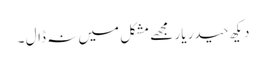
دیکھ حیدر یار مجھے مشکل میں نہ ڈال ۔